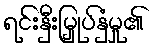
ရင်းနှီးမြှုပ်နှံမှု၏